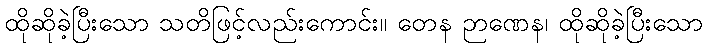
ထိုဆိုခဲ့ပြီးသော သတိဖြင့်လည်းကောင်း။ တေန ဉာဏေန၊ ထိုဆိုခဲ့ပြီးသော